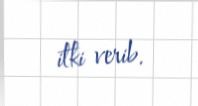
itki verib.